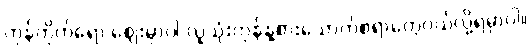
ကုန်တိုက်ရော ဈေးမှာပါ လူသုံးကုန်နဲ့စားသောက်စရာတွေဝယ်လို့ရမှာပါ။